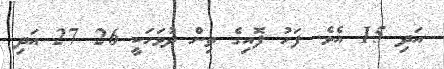
އަދި 15 އެވެ. ފަހު ފޮއިގެ ތިން ދުވަހަކީ 26 27 އަދި